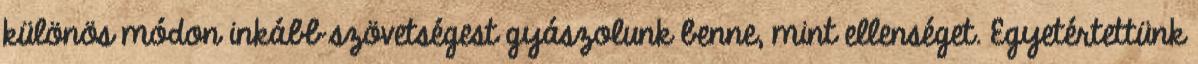
különös módon inkább szövetségest gyászolunk benne, mint ellenséget. Egyetértettünk